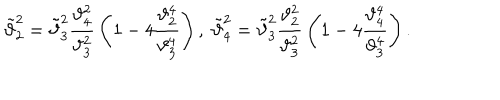
LaTeX: \tilde { \vartheta } _ { 2 } ^ { 2 } = \tilde { \vartheta } _ { 3 } ^ { 2 } { \frac { \vartheta _ { 4 } ^ { 2 } } { \vartheta _ { 3 } ^ { 2 } } } \left( 1 - 4 { \frac { \vartheta _ { 2 } ^ { 4 } } { \vartheta _ { 3 } ^ { 4 } } } \right) , \; \tilde { \vartheta } _ { 4 } ^ { 2 } = \tilde { \vartheta } _ { 3 } ^ { 2 } { \frac { \vartheta _ { 2 } ^ { 2 } } { \vartheta _ { 3 } ^ { 2 } } } \left( 1 - 4 { \frac { \vartheta _ { 4 } ^ { 4 } } { \vartheta _ { 3 } ^ { 4 } } } \right) .